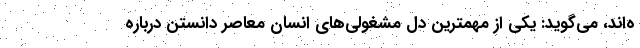
ه‌اند، می‌گوید: یکی از مهمترین دل مشغولی‌های انسان معاصر دانستن درباره